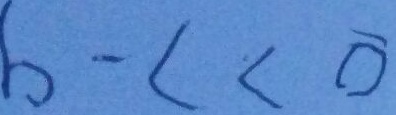
b - c < 0